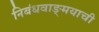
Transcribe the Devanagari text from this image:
निबंधवाङ्‌मयाची